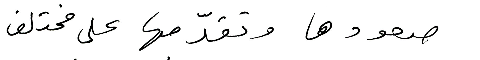
صعودها وتقدّمها على مختلف